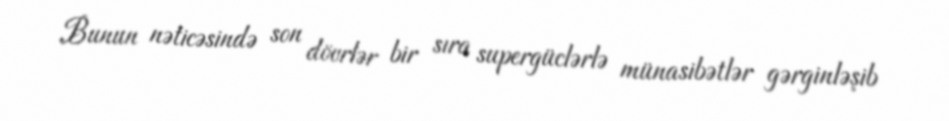
Bunun nəticəsində son dövrlər bir sıra supergüclərlə münasibətlər gərginləşib